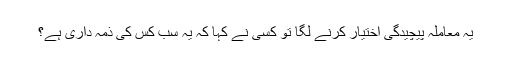
یہ معاملہ پیچیدگی اختیار کرنے لگا تو کسی نے کہا کہ یہ سب کس کی ذمہ داری ہے؟